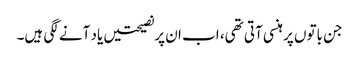
جن باتوں پر ہنسی آتی تھی، اب ان پرنصیحتیں یاد آنے لگی ہیں۔